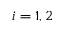
i = 1 , 2